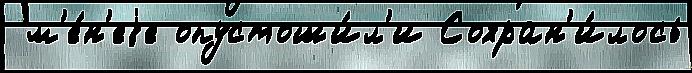
 м'е́н'еjе опустоши́л'и Сохран'и́лось